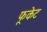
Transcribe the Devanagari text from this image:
फूकेट